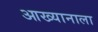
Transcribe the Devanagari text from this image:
आख्यानाला